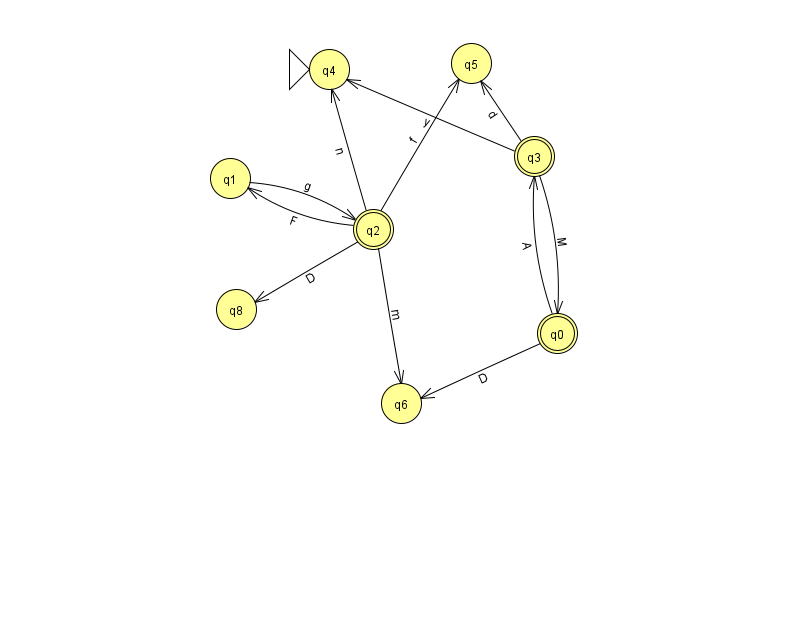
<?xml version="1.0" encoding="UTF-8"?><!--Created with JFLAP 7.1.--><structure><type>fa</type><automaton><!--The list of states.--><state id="0" name="q0"><x>557.0</x><y>320.0</y><final/></state><state id="1" name="q1"><x>230.0</x><y>165.0</y></state><state id="2" name="q2"><x>373.0</x><y>216.0</y><final/></state><state id="3" name="q3"><x>534.0</x><y>143.0</y><final/></state><state id="4" name="q4"><x>329.0</x><y>56.0</y><initial/></state><state id="5" name="q5"><x>471.0</x><y>50.0</y></state><state id="6" name="q6"><x>401.0</x><y>390.0</y></state><state id="8" name="q8"><x>236.0</x><y>296.0</y></state><!--The list of transitions.--><transition><from>3</from><to>4</to><read>y</read></transition><transition><from>0</from><to>3</to><read>A</read></transition><transition><from>2</from><to>4</to><read>n</read></transition><transition><from>0</from><to>6</to><read>D</read></transition><transition><from>2</from><to>6</to><read>m</read></transition><transition><from>2</from><to>8</to><read>D</read></transition><transition><from>3</from><to>0</to><read>M</read></transition><transition><from>2</from><to>5</to><read>f</read></transition><transition><from>1</from><to>2</to><read>g</read></transition><transition><from>3</from><to>5</to><read>d</read></transition><transition><from>2</from><to>1</to><read>F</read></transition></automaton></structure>